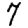
Digit: 7